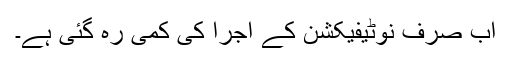
اب صرف نوٹیفیکشن کے اجرا کی کمی رہ گئی ہے۔